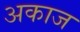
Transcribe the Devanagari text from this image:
अकाज